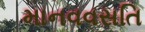
માનવવસતિ